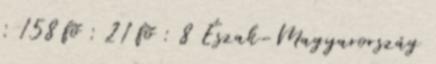
: 158 fõ : 21 fõ : 8 Észak-Magyarország